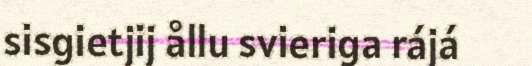
sisgietjij ållu svieriga rájá